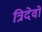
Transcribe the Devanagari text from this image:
त्रिदेवो